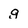
Character: g